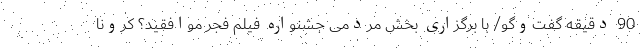
90 دقیقه گفت‌وگو/ با برگزاری بخش مردمی جشنواره فیلم فجر موافقید؟ کرونا